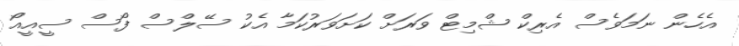
އެހެން ނަމަވެސް އެރިކް ޝްމިޓް ވަރަށް ކަށަވަރުކަމާ އެކު ސޭލްސް ފޯސް ސީއީއޯ